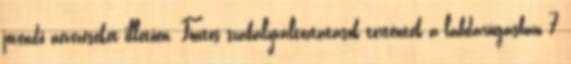
jövendő nevezéseket illetően. Fontos szabályváltoztatások történtek a labdarúgásban 7